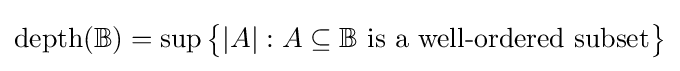
{\rm {depth}}(\mathbb {B} )=\sup {\big \{}|A|:A\subseteq \mathbb {B} {\text{ is a well-ordered subset}}{\big \}}